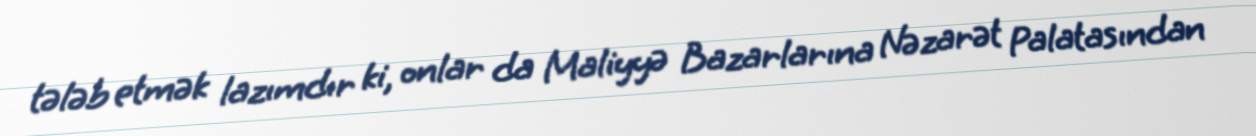
tələb etmək lazımdır ki, onlar da Maliyyə Bazarlarına Nəzarət Palatasından